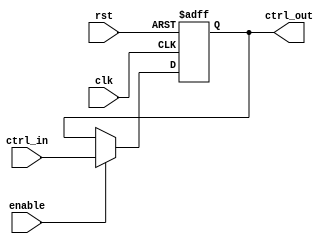
module ControlRegister (
    input wire clk,                // Clock signal
    input wire rst,                // Asynchronous reset signal
    input wire enable,             // Enable signal for updating the control register
    input wire [N-1:0] ctrl_in,    // Control inputs (N-bit wide)
    output reg [N-1:0] ctrl_out     // Control outputs (N-bit wide)
);
    parameter N = 8;               // Width of the control register

    // Asynchronous reset and clocked behavior
    always @(posedge clk or posedge rst) begin
        if (rst) begin
            ctrl_out <= {N{1'b0}};   // Reset control register to 0
        end else if (enable) begin
            ctrl_out <= ctrl_in;     // Update control register with control inputs
        end
        // If enable is low, ctrl_out retains its previous value
    end

endmodule